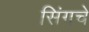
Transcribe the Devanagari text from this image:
सिंगचे